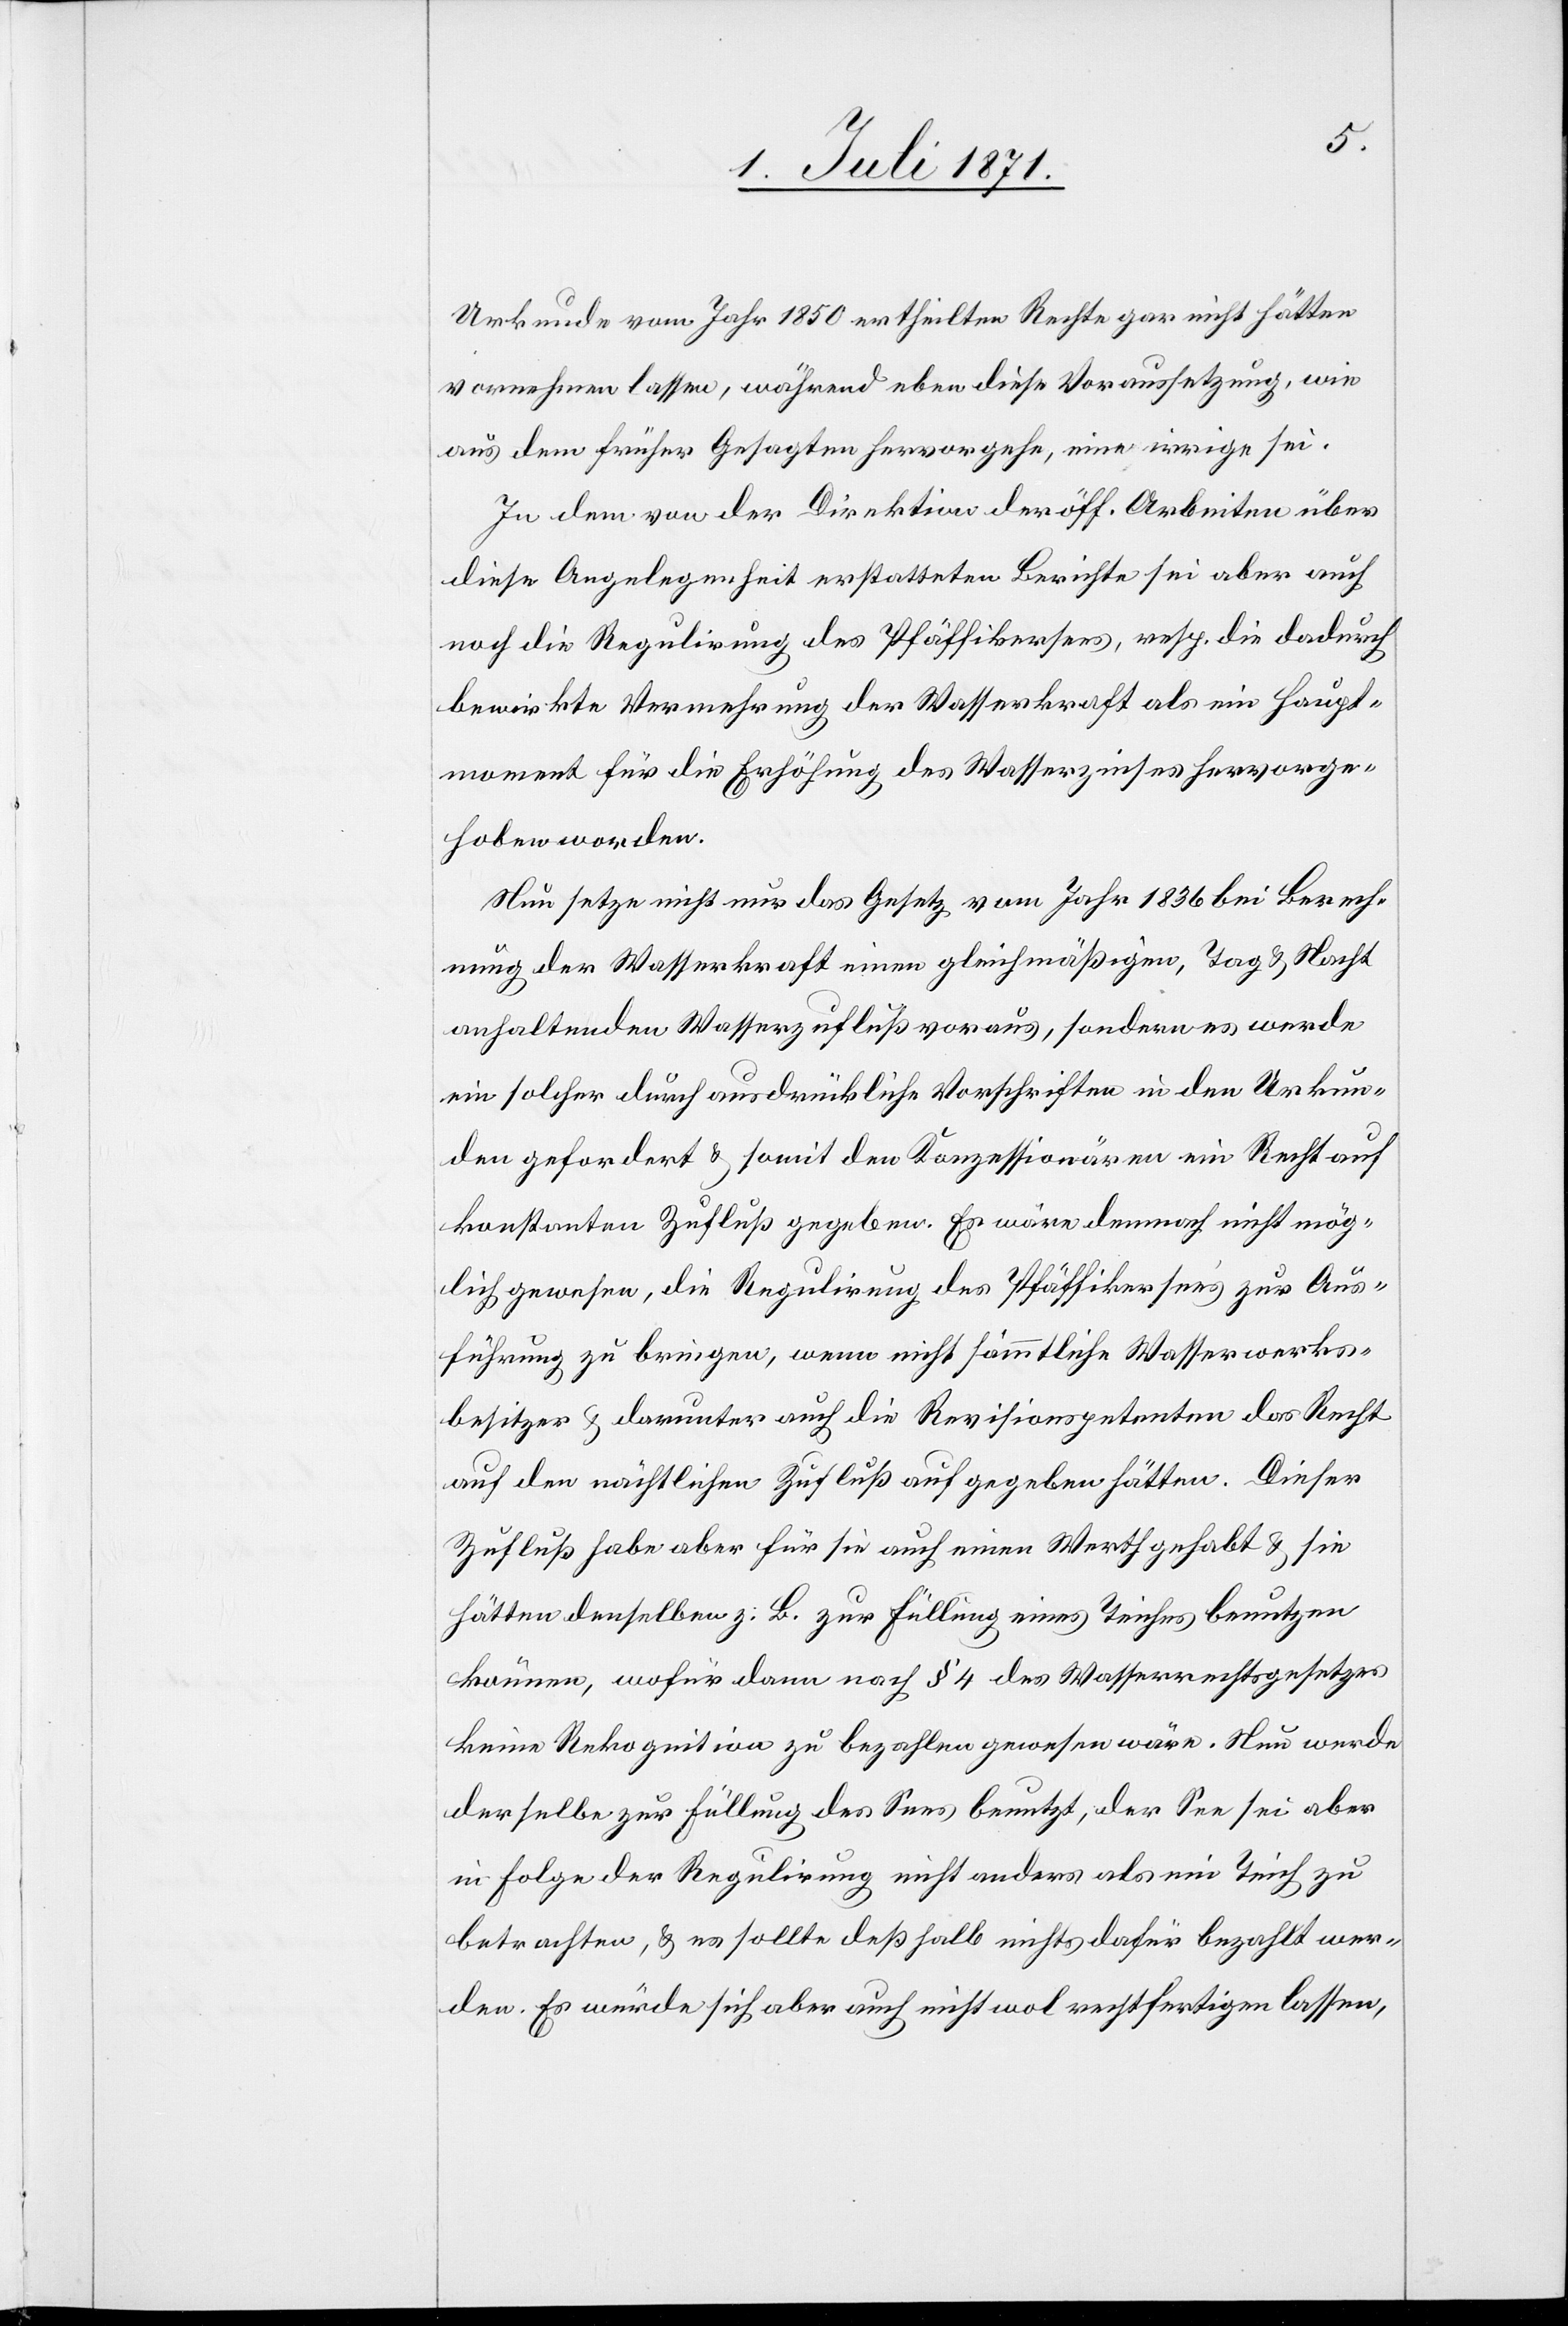
Urkunde vom Jahr 1850 ertheilten Rechte gar nicht hätten
vornehmen lassen, während eben diese Voraussetzung, wie
aus dem früher Gesagten hervorgehe, eine irrige sei.
In dem von der Direktion der öff. Arbeiten über
diese Angelegenheit erstatteten Berichte sei aber auch
noch die Regulirung des Pfäffikersees, resp. die dadurch
bewirkte Vermehrung der Wasserkraft als ein Haupt¬
moment für die Erhöhung des Wasserzinses hervorge¬
hoben worden.
Nun setze nicht nur das Gesetz vom Jahr 1836 bei Berech¬
nung der Wasserkraft einen gleichmäßigen, Tag u. Nacht
anhaltenden Wasserzufluß voraus, sondern es werde
ein solcher durch ausdrückliche Vorschriften in den Urkun¬
den gefordert u. somit den Konzessionären ein Recht auf
konstanten Zufluß gegeben. Es wäre demnach nicht mög¬
lich gewesen, die Regulirung des Pfäffikersee’s zur Aus¬
führung zu bringen, wenn nicht sämmtliche Wasserwerks¬
besitzer u. darunter auch die Revisionspetenten das Recht
auf den nächtlichen Zufluß auf gegeben [sic!] hätten. Dieser
Zufluß habe aber für sie auch einen Werth gehabt u sie
hätten denselben z. B. zur Füllung eines Teiches benutzen
können, wofür dann nach § 4 des Wasserrechtsgesetzes
keine Rekognition zu bezahlen gewesen wäre. Nun werde
derselbe zur Füllung des Sees benutzt, der See sei aber
in Folge der Regulirung nicht anders als ein Teich zu
betrachten, u. es sollte deßhalb nichts dafür bezahlt wer¬
den. Es würde sich aber auch nicht wol rechtfertigen lassen,